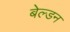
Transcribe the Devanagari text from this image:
बेल्डन